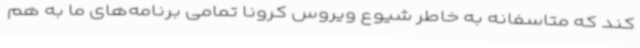
کند که متاسفانه به خاطر شیوع ویروس کرونا تمامی برنامه‌های ما به هم